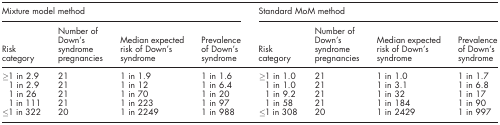
<table><thead><tr><td colspan="4"><b>Mixture model method</b></td><td colspan="4"><b>Standard MoM method</b></td></tr><tr><td><b>Risk category</b></td><td><b>Number of Down&#x27;s syndrome pregnancies</b></td><td><b>Median expected risk of Down&#x27;s syndrome</b></td><td><b>Prevalence of Down&#x27;s syndrome</b></td><td><b>Risk category</b></td><td><b>Number of Down&#x27;s syndrome pregnancies</b></td><td><b>Median expected risk of Down&#x27;s syndrome</b></td><td><b>Prevalence of Down&#x27;s syndrome</b></td></tr></thead><tbody><tr><td>≥1 in 2.9</td><td>21</td><td>1 in 1.9</td><td>1 in 1.6</td><td>≥1 in 1.0</td><td>21</td><td>1 in 1.0</td><td>1 in 1.7</td></tr><tr><td>1 in 2.9</td><td>21</td><td>1 in 12</td><td>1 in 6.4</td><td>1 in 1.0</td><td>21</td><td>1 in 3.1</td><td>1 in 6.8</td></tr><tr><td>1 in 26</td><td>21</td><td>1 in 70</td><td>1 in 20</td><td>1 in 9.2</td><td>21</td><td>1 in 32</td><td>1 in 17</td></tr><tr><td>1 in 111</td><td>21</td><td>1 in 223</td><td>1 in 97</td><td>1 in 58</td><td>21</td><td>1 in 184</td><td>1 in 90</td></tr><tr><td>≤1 in 322</td><td>20</td><td>1 in 2249</td><td>1 in 988</td><td>≤1 in 308</td><td>20</td><td>1 in 2429</td><td>1 in 997</td></tr></tbody></table>